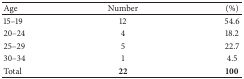
| Age | Number | (%) |
 | --- | --- | --- |
 | 15–19 | 12 | 54.6 |
 | 20–24 | 4 | 18.2 |
 | 25–29 | 5 | 22.7 |
 | 30–34 | 1 | 4.5 |
 | Total | 22 | 100 |